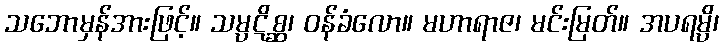
သဘောမှန်အားဖြင့်။ သမ္ပဋိစ္ဆ၊ ဝန်ခံလော။ မဟာရာဇ၊ မင်းမြတ်။ အပရမ္ပိ၊